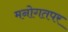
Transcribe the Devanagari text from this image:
मनोगतपर